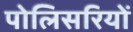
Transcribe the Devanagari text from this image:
पोलिसरियों